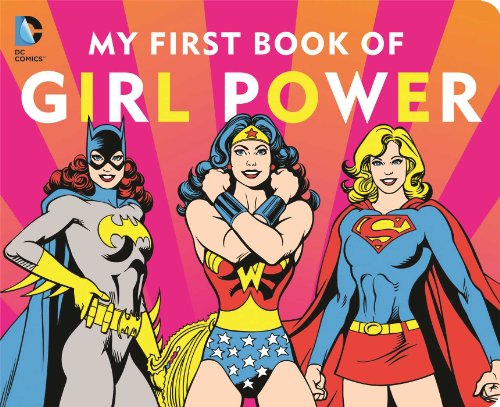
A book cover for DC SUPER HEROES: MY FIRST BOOK OF GIRL POWER; Julie Merberg; Children's Books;